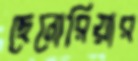
ছেনোরিয়ার